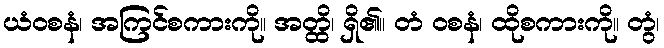
ယံဝစနံ၊ အကြင်စကားကို။ အတ္ထိ၊ ရှိ၏။ တံ ဝစနံ၊ ထိုစကားကို။ တွံ၊